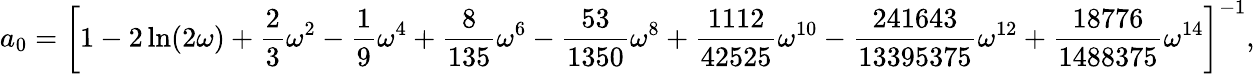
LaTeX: a_{0}=\left[1-2\ln(2\omega)+\frac{2}{3}\omega^{2}-\frac{1}{9}\omega^{4}+\frac{8}{135}\omega^{6}-\frac{53}{1350}\omega^{8}+\frac{1112}{42525}\omega^{10}-\frac{241643}{13395375}\omega^{12}+\frac{18776}{1488375}\omega^{14}\right]^{-1},